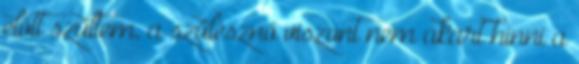
előtt szültem, a szülésznő viszont nem akart hinni a